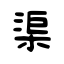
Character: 渠